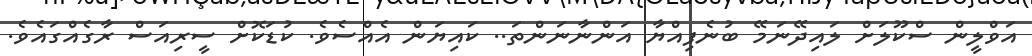
އަވްލީން ސްކޫލަށް ލައިދޭނަމޭ ބުނެފިއްޔާ އަންނާނަންތަ.. ކައިޔަން އެއްސެވެ. ކުޑަކޮށް ސީރިއަސް ރާގެއްގައެވެ.